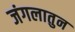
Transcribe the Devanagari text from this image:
जंगलातुन